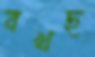
বখছ